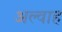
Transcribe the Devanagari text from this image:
अल्वाह